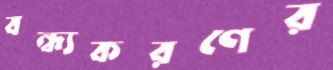
বন্ধ্যকরণের